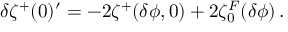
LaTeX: \delta \zeta ^ { + } ( 0 ) ^ { \prime } = - 2 \zeta ^ { + } ( \delta \phi , 0 ) + 2 \zeta _ { 0 } ^ { F } ( \delta \phi ) \, .